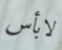
لابأس